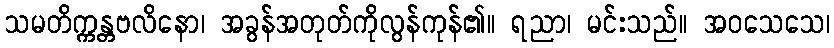
သမတိက္ကန္တဗလိနော၊ အခွန်အတုတ်ကိုလွန်ကုန်၏။ ရညာ၊ မင်းသည်။ အဝသေသေ၊